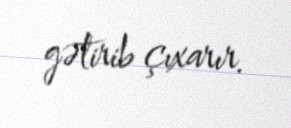
gətirib çıxarır.